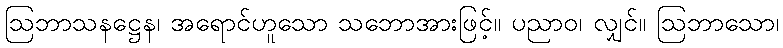
ဩဘာသနဋ္ဌေန၊ အရောင်ဟူသော သဘောအားဖြင့်။ ပညာဝ၊ လျှင်။ ဩဘာသော၊